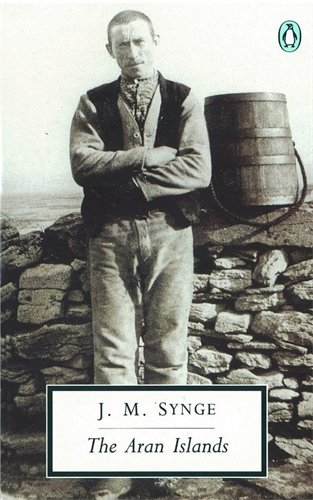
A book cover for The Aran Islands (Classic, 20th-Century, Penguin); J. M. Synge; Travel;